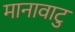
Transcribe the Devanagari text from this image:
मानावाटु